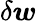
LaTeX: \delta\boldsymbol{w}